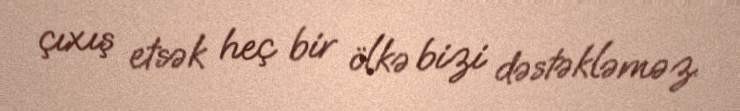
çıxış etsək heç bir ölkə bizi dəstəkləməz.